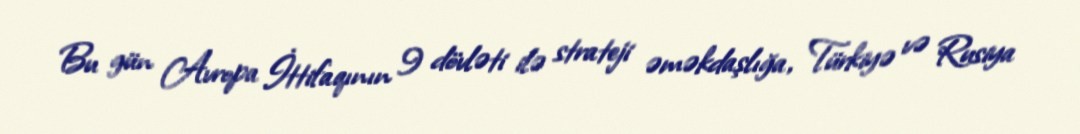
Bu gün Avropa İttifaqının 9 dövləti ilə strateji əməkdaşlığa, Türkiyə və Rusiya